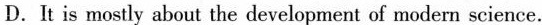
D. It is mostly about the developrnent of modern science.